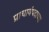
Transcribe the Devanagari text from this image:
प्राचार्यपदाच्या